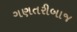
ગણતરીબાજ